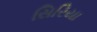
સિરિયા